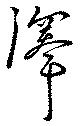
沢